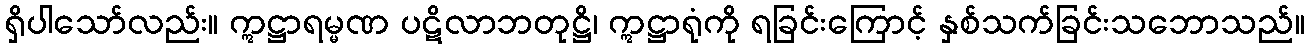
ရှိပါသော်လည်း။ ဣဋ္ဌာရမ္မဏ ပဋိလာဘတုဋ္ဌိ၊ ဣဋ္ဌာရုံကို ရခြင်းကြောင့် နှစ်သက်ခြင်းသဘောသည်။